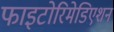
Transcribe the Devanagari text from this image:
फाइटोरिमेडिएशन